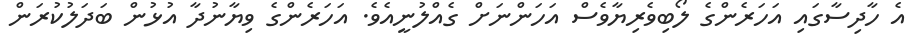
އެ ހާދިސާގައި އަހަރެންގެ ލޯބިވެރިޔާވެސް އަހަންނަށް ގެއްލުނީއެވެ. އަހަރެންގެ ވިޔާނުދާ އުޅުން ބަދަލުކުރަން